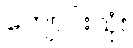
ကျောင်းသုံး